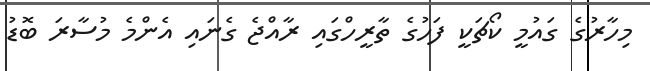
މިހާރުގެ ގައުމީ ކޯޗަކީ ފަހުގެ ތާރީހްގައި ރާއްޖެ ގެނައި އެންމެ މުސާރަ ބޮޑު